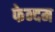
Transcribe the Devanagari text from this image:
फेन्दम